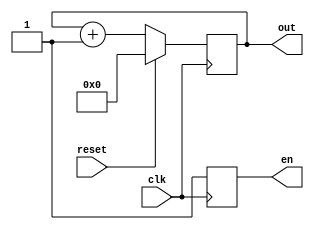
module PC (clk,reset,out, en);

input clk, reset;
output reg [5:0] out;
output reg en;

//Start counter from 0.
initial begin
 out=6'b0;
end

always @(posedge clk)
begin
if(reset) //Synchronous reset
begin
    out <= 6'b0;
	 en <= 1'b1;
end
else
begin
	out <= out + 1; // Increment by 1 after every clock cycle
	en <= 1'b1;
end
end
endmodule